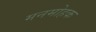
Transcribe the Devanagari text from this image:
मनमोहक